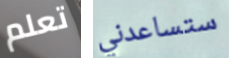
تعلم ستساعدني